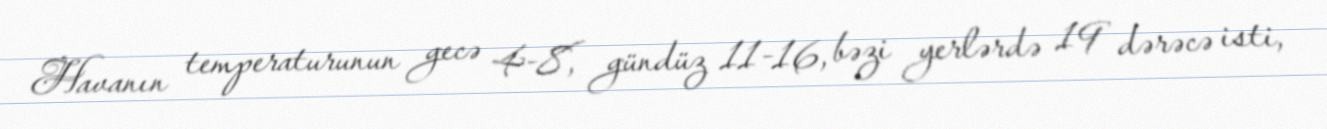
Havanın temperaturunun gecə 4-8, gündüz 11-16, bəzi yerlərdə 19 dərəcə isti,